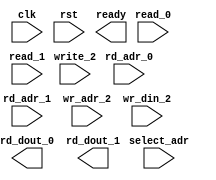
module atom_2r1w (
  clk, rst, ready,
  select_adr,
  read_0,  rd_adr_0, rd_dout_0,
  read_1,  rd_adr_1, rd_dout_1,
  write_2, wr_adr_2, wr_din_2
);

parameter NUMADDR = 8;
parameter BITADDR = 3;
parameter BITDATA = 1;
parameter SRAM_DELAY = 0;

//Reset init logic.
parameter RSTINIT = 0; 
parameter RSTSTRT = 0;
parameter RSTINCR = 0;

//Used only for formal. 
parameter FORMAL_FULL = 0;

input                 clk;
input                 rst;
output                ready;
input                 read_0;
input  [BITADDR-1:0]  rd_adr_0;
output [BITDATA-1:0]  rd_dout_0;
input                 read_1;
input  [BITADDR-1:0]  rd_adr_1;
output [BITDATA-1:0]  rd_dout_1;
input                 write_2;
input  [BITADDR-1:0]  wr_adr_2;
input  [BITDATA-1:0]  wr_din_2;
input  [BITADDR-1:0]  select_adr;

`ifdef FORMAL
assign ready = !rst;

wire               read_0_del, read_1_del;
wire [BITADDR-1:0] rd_adr_0_del, rd_adr_1_del;
shift #(.BITDATA(1+BITADDR), .DELAY(SRAM_DELAY)) delay_0(.clk(clk), .din({read_0,rd_adr_0}), .dout({read_0_del,rd_adr_0_del}));
shift #(.BITDATA(1+BITADDR), .DELAY(SRAM_DELAY)) delay_1(.clk(clk), .din({read_1,rd_adr_1}), .dout({read_1_del,rd_adr_1_del}));

generate if(FORMAL_FULL) begin : full_formal
  reg [BITDATA-1:0] mem [0:NUMADDR-1];
  always @(posedge clk)
    if (rst)
      for (integer i=0; i<NUMADDR; i++)
        mem[i] <= RSTINIT ? RSTSTRT + i*RSTINCR : 'hx;
    else 
      if (write_2)
        mem[wr_adr_2] <= wr_din_2;

  assume_mem_dout_0_check: assume property (@(posedge clk) disable iff(rst) read_0_del |-> rd_dout_0 == mem[rd_adr_0_del]);
  assume_mem_dout_1_check: assume property (@(posedge clk) disable iff(rst) read_1_del |-> rd_dout_1 == mem[rd_adr_1_del]);
end
else begin : select_formal
  reg [BITDATA-1:0] mem;
  always @(posedge clk)
    if (rst)
      mem <= RSTINIT ?  RSTSTRT : 'hx;
    else 
      if (write_2 && (wr_adr_2==select_adr))
        mem <= wr_din_2;

  assume_mem_dout_0_check: assume property (@(posedge clk) disable iff(rst) read_0_del && rd_adr_0_del==select_adr |-> rd_dout_0 == mem);
  assume_mem_dout_1_check: assume property (@(posedge clk) disable iff(rst) read_1_del && rd_adr_1_del==select_adr |-> rd_dout_1 == mem);
end
endgenerate

`endif

endmodule